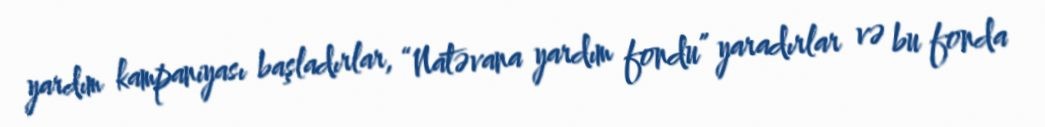
yardım kampaniyası başladırlar, “Natəvana yardım fondu” yaradırlar və bu fonda